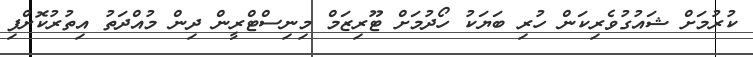
ކުރުމަށް ޝައުގުވެރިކަން ހުރި ބަޔަކު ހޯދުމަށް ޓޫރިޒަމް މިނިސްޓްރީން ދިން މުއްދަތު އިތުރުކޮށްފި